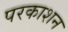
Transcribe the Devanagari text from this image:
परकाशन